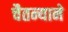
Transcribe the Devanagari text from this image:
चैतन्याने